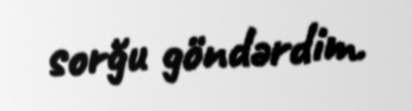
sorğu göndərdim.